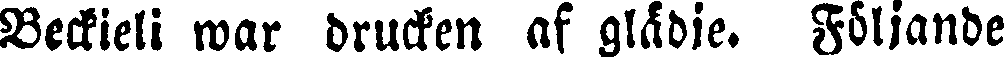
Beckieli war drucken af glädje. Följande